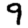
Digit: 9